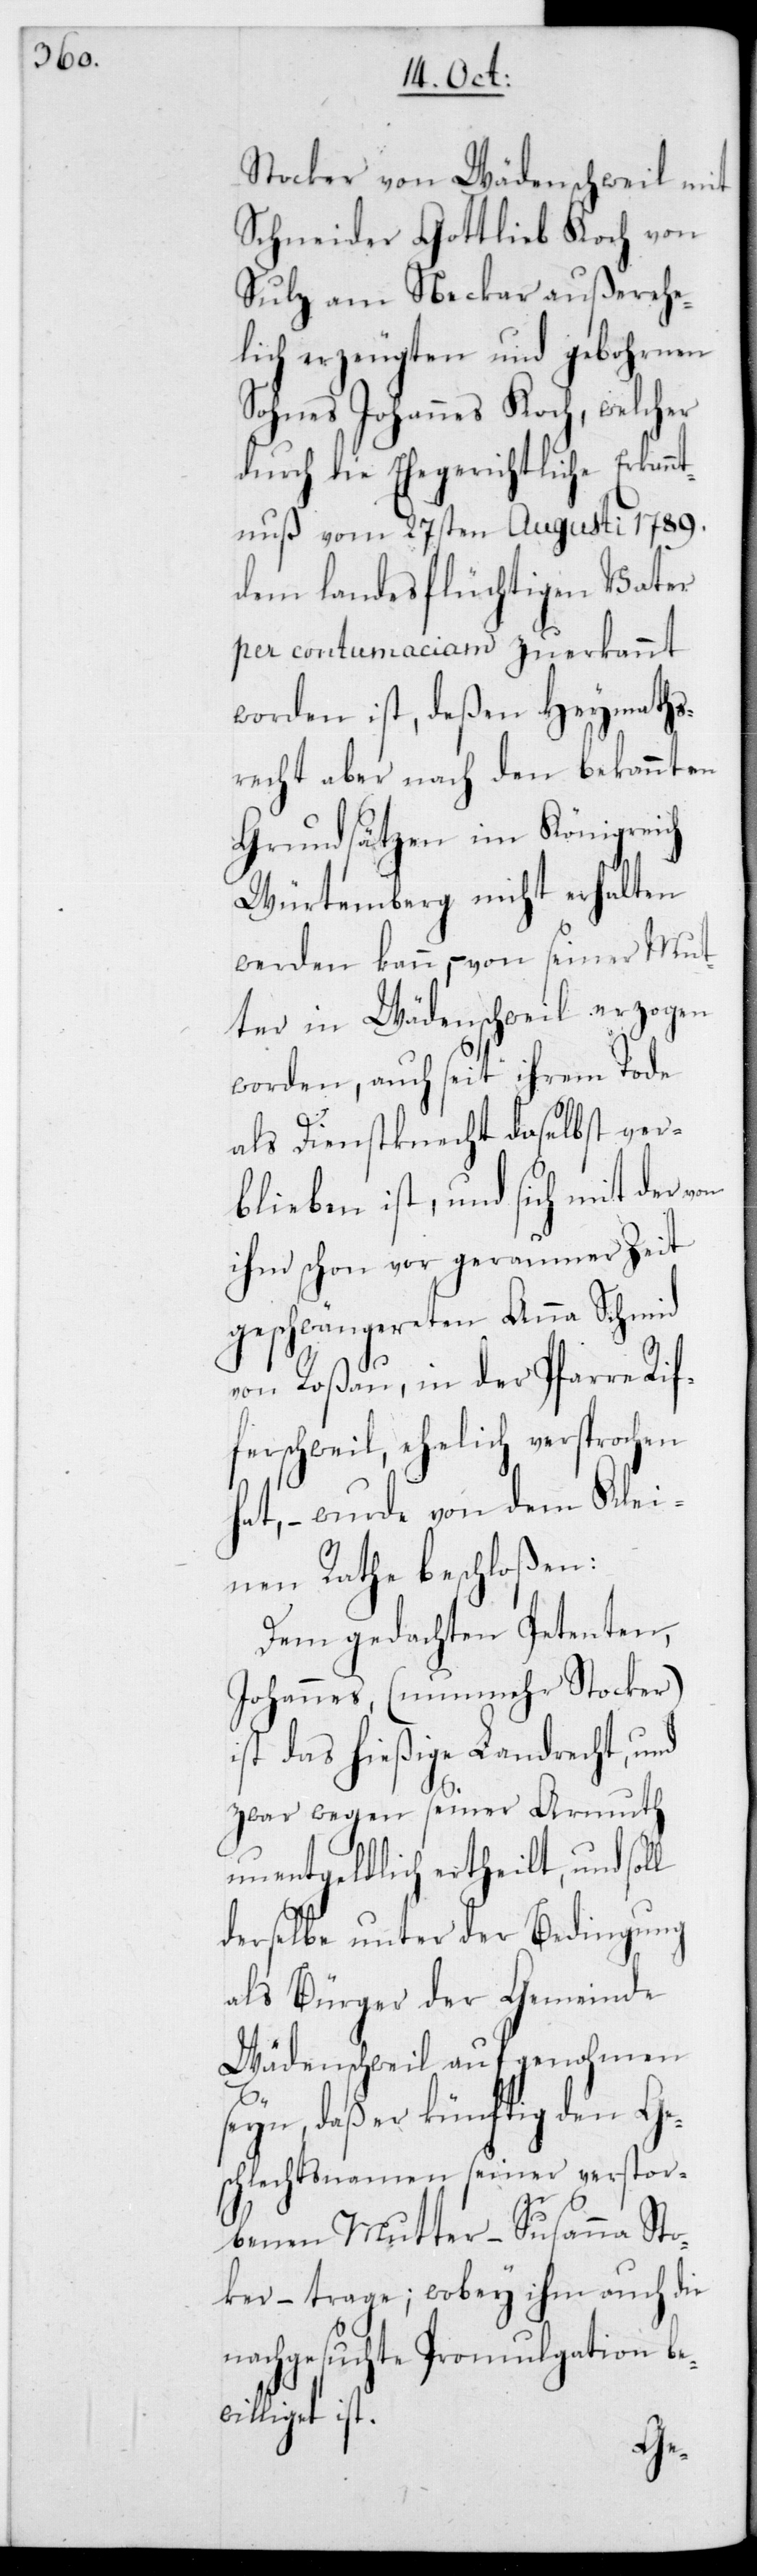
Stocker von Wädenschweil mit
Schneider Gottlieb Koch von
Sulz am Neckar außerehe¬
lich erzeugten und gebohrnen
Sohnes Johannes Koch, welcher
durch die Ehegerichtliche Erkan¬
ntnuß vom 27sten Augusti 1789
dem landesflüchtigen Vater
per contumaciam zuerkannt
worden ist, deßen Heymaths¬
recht aber nach den bekannten
Grundsätzen im Königreich
Würtemberg nicht erhalten
werden kann, – von seiner Mut¬
ter in Wädenschweil erzogen
worden, auch seit ihrem Tode
als Dienstknecht daselbst ver¬
blieben ist, und sich mit der von
ihm schon vor geraumer Zeit
geschwängereten Anna Schmid
von Roßau, in der Pfarre Rif¬
ferschweil, ehelich versprochen
hat, – wurde von dem Klei¬
nen Rathe beschloßen:
Dem gedachten Petenten
Johannes, (nunmehr Stocker)
ist das hießige Landrecht, und
zwar wegen seiner Armuth
unentgeldlich ertheilt, und sol¬
derselbe unter der Bedingung
als Bürger der Gemeinde
Wädenschweil aufgenohmen
seyn, daß er künftig den Ge¬
schlechtsnamen seiner verstor¬
benen Mutter – Susanna Sto¬
cker – trage; wobey ihm auch die
nachgesuchte Promulgation be¬
williget ist.
l